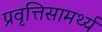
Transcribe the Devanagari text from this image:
प्रवृत्तिसामर्थ्य